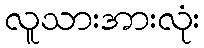
လူသားအားလုံး